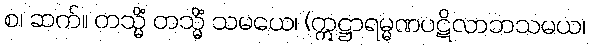
စ၊ ဆက်။ တသ္မိံ တသ္မိံ သမယေ၊ (ဣဋ္ဌာရမ္မဏပဋိလာဘသမယ၊